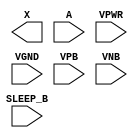
module sky130_fd_sc_hdll__inputiso1n (
    X      ,
    A      ,
    SLEEP_B,
    VPWR   ,
    VGND   ,
    VPB    ,
    VNB
);

    output X      ;
    input  A      ;
    input  SLEEP_B;
    input  VPWR   ;
    input  VGND   ;
    input  VPB    ;
    input  VNB    ;
endmodule